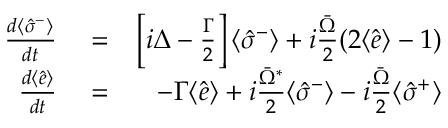
\begin{array} { r l r } { \frac { d \langle \hat { \sigma } ^ { - } \rangle } { d t } } & { { } = } & { \left[ i \Delta - \frac { \Gamma } { 2 } \right] \langle \hat { \sigma } ^ { - } \rangle + i \frac { \bar { \Omega } } { 2 } ( 2 \langle \hat { e } \rangle - 1 ) } \\ { \frac { d \langle \hat { e } \rangle } { d t } } & { { } = } & { - \Gamma \langle \hat { e } \rangle + i \frac { \bar { \Omega } ^ { * } } { 2 } \langle \hat { \sigma } ^ { - } \rangle - i \frac { \bar { \Omega } } { 2 } \langle \hat { \sigma } ^ { + } \rangle } \end{array}